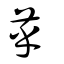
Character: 苸